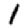
Digit: 1